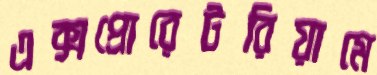
এক্সপ্রোরেটরিয়ামে